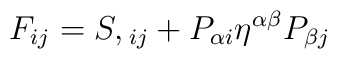
F_{ij} = S,{}_{ij} + P_{\alpha i}\eta^{\alpha \beta}P_{\beta j}